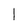
Character: 1